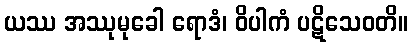
ယဿ အဿုမုခေါ ရောဒံ၊ ဝိပါကံ ပဋိသေဝတိ။